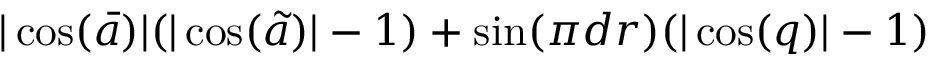
| \cos ( \bar { a } ) | ( | \cos ( \tilde { a } ) | - 1 ) + \sin ( { { \pi d } \o { r } } ) ( | \cos ( q ) | - 1 )